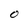
Character: O